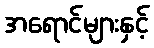
အရောင်များနှင့်